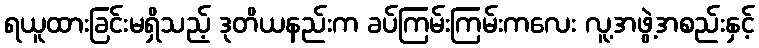
ရယူထားခြင်းမရှိသည့် ဒုတိယနည်းက ခပ်ကြမ်းကြမ်းကလေး လူ့အဖွဲ့အစည်းနှင့်